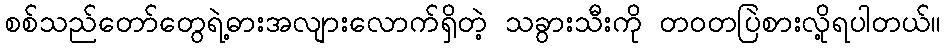
စစ်သည်တော်တွေရဲ့ဓားအလျားလောက်ရှိတဲ့ သခွားသီးကို တဝတပြဲစားလို့ရပါတယ်။